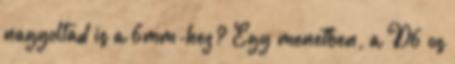
nagyoltad is a 6mm-hez? Egy menetben, a D6 os